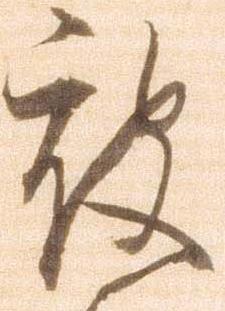
被